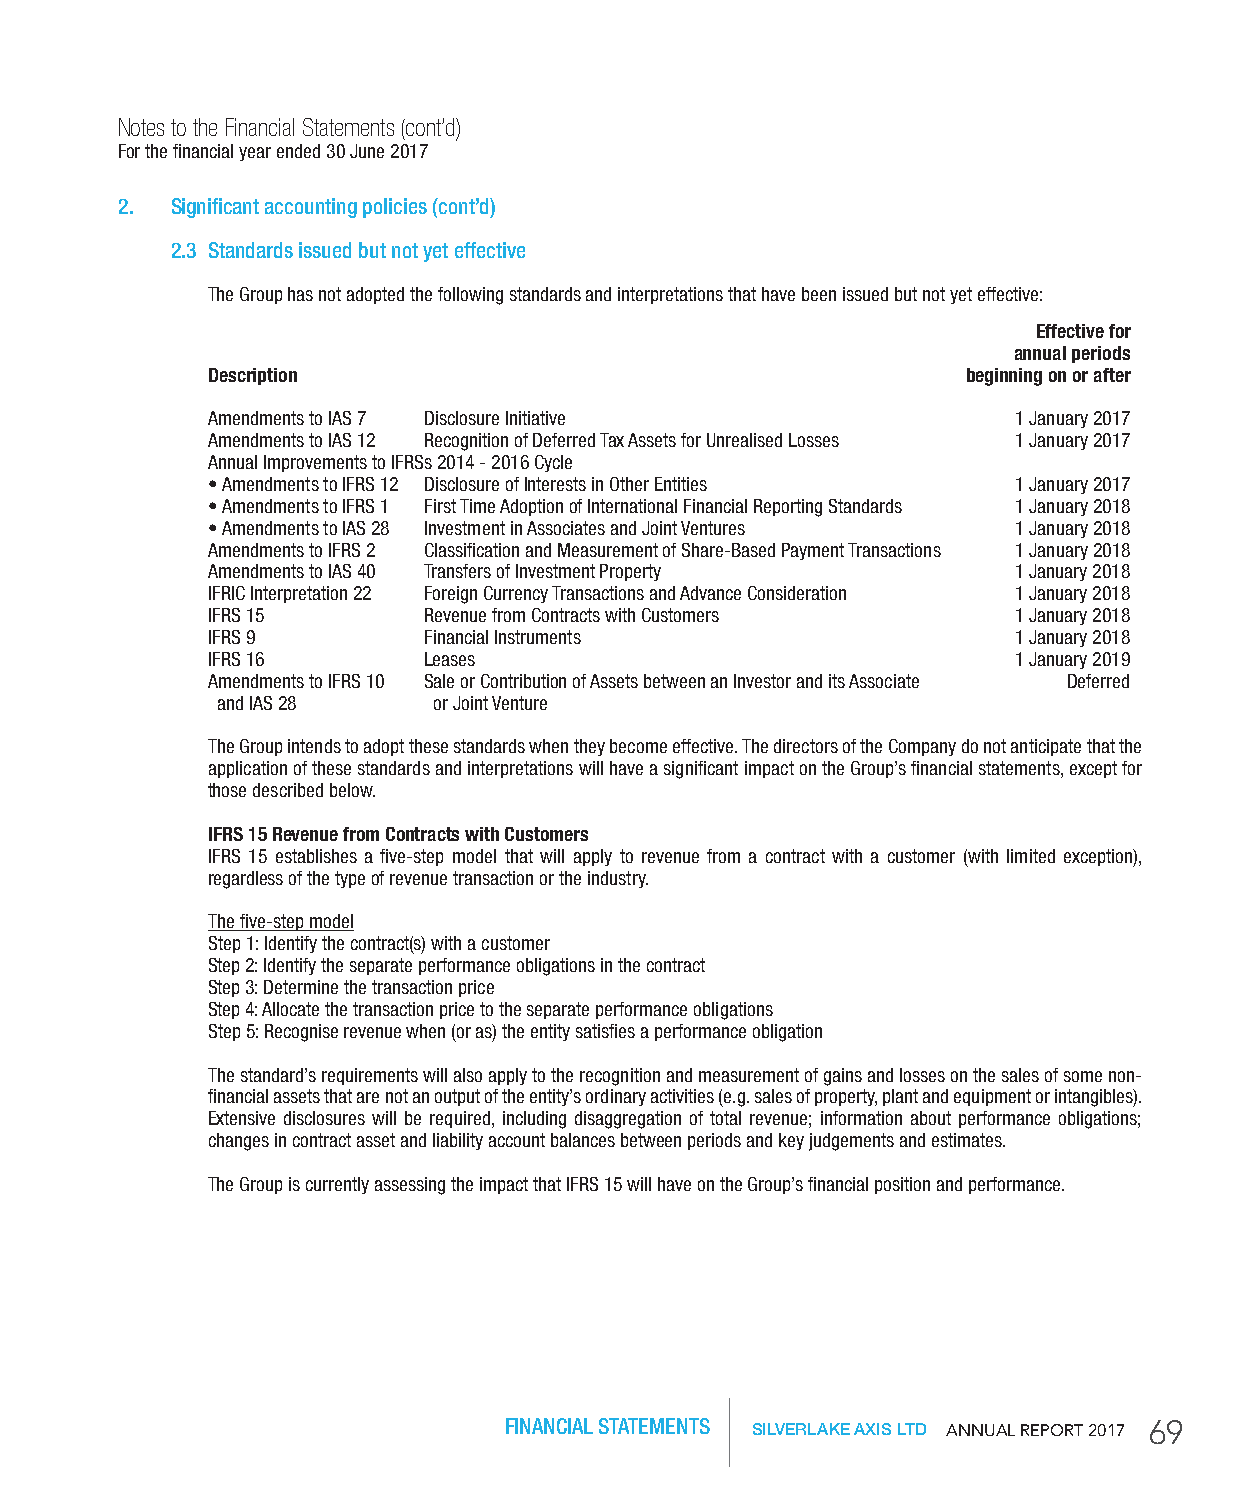
Notes to the Financial Statements (cont’d)
 For the financial year ended 30 June 2017
 2. Significant accounting policies (cont’d)
 2.3 Standards issued but not yet effective
 The Group has not adopted the following standards and interpretations that have been issued but not yet effective:
 effective for
 annual periods
 Description                                       beginning on or after
 Amendments to IAS 7 Disclosure Initiative            1 January 2017
 Amendments to IAS 12 Recognition of Deferred Tax Assets for Unrealised Losses 1 January 2017
 Annual Improvements to IFRSs 2014 - 2016 Cycle
 • Amendments to IFRS 12 Disclosure of Interests in Other Entities 1 January 2017
 • Amendments to IFRS 1 First Time Adoption of International Financial Reporting Standards 1 January 2018
 • Amendments to IAS 28 Investment in Associates and Joint Ventures 1 January 2018
 Amendments to IFRS 2 Classification and Measurement of Share-Based Payment Transactions 1 January 2018
 Amendments to IAS 40 Transfers of Investment Property 1 January 2018
 IFRIC Interpretation 22 Foreign Currency Transactions and Advance Consideration 1 January 2018
 IFRS 15       Revenue from Contracts with Customers  1 January 2018
 IFRS 9        Financial Instruments                  1 January 2018
 IFRS 16       Leases                                 1 January 2019
 Amendments to IFRS 10 Sale or Contribution of Assets between an Investor and its Associate Deferred
 and IAS 28     or Joint Venture
 The Group intends to adopt these standards when they become effective. The directors of the Company do not anticipate that the
 application of these standards and interpretations will have a significant impact on the Group’s financial statements, except for
 those described below.
 iFrS 15 revenue from Contracts with Customers
 IFRS 15 establishes a five-step model that will apply to revenue from a contract with a customer (with limited exception),
 regardless of the type of revenue transaction or the industry.
 The five-step model
 Step 1: Identify the contract(s) with a customer
 Step 2: Identify the separate performance obligations in the contract
 Step 3: Determine the transaction price
 Step 4: Allocate the transaction price to the separate performance obligations
 Step 5: Recognise revenue when (or as) the entity satisfies a performance obligation
 The standard’s requirements will also apply to the recognition and measurement of gains and losses on the sales of some non-
 financial assets that are not an output of the entity’s ordinary activities (e.g. sales of property, plant and equipment or intangibles).
 Extensive disclosures will be required, including disaggregation of total revenue; information about performance obligations;
 changes in contract asset and liability account balances between periods and key judgements and estimates.
 The Group is currently assessing the impact that IFRS 15 will have on the Group’s financial position and performance.
 FINANCIAL STATEMENTS SILVERLAKE AXIS LTD AnnuAl RepoRt 2017 69